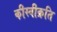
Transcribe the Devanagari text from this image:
कीस्वीक्रति